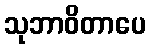
သုဘာဝိတာပေ